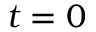
t = 0